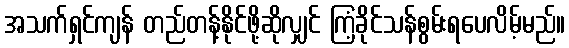
အသက်ရှင်ကျန် တည်တန့်နိုင်ဖို့ဆိုလျှင် ကြံ့ခိုင်သန်စွမ်းရပေလိမ့်မည်။